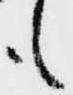
も